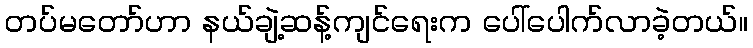
တပ်မတော်ဟာ နယ်ချဲ့ဆန့်ကျင်ရေးက ပေါ်ပေါက်လာခဲ့တယ်။